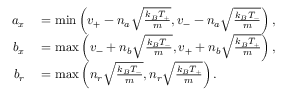
\begin{array} { r l } { a _ { x } } & { { } = \operatorname* { m i n } \left( v _ { + } - n _ { a } \sqrt { \frac { k _ { B } T _ { + } } { m } } , v _ { - } - n _ { a } \sqrt { \frac { k _ { B } T _ { - } } { m } } \right) , } \\ { b _ { x } } & { { } = \operatorname* { m a x } \left( v _ { - } + n _ { b } \sqrt { \frac { k _ { B } T _ { - } } { m } } , v _ { + } + n _ { b } \sqrt { \frac { k _ { B } T _ { + } } { m } } \right) , } \\ { b _ { r } } & { { } = \operatorname* { m a x } \left( n _ { r } \sqrt { \frac { k _ { B } T _ { - } } { m } } , n _ { r } \sqrt { \frac { k _ { B } T _ { + } } { m } } \right) . } \end{array}